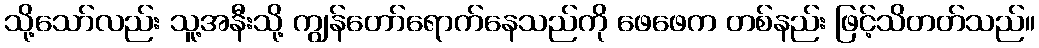
သို့သော်လည်း သူ့အနီးသို့ ကျွန်တော်ရောက်နေသည်ကို ဖေဖေက တစ်နည်း ဖြင့်သိတတ်သည်။